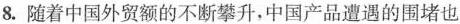
8.随着中国外贸额的不断攀升，中国产品遭遇的围堵也